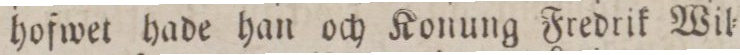
hofwet hade han och Konung Fredrik Wil=